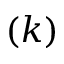
( k )